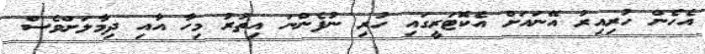
އެހެން ހުރިއިރު އޭނައަށް އެކޮޓަރީގައި ހުރި ނުފެންނަ އިތުރު މިހާ އާއި ދިމާލަށްވެސް